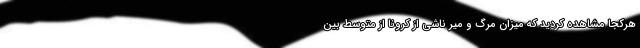
هرکجا مشاهده کردید که میزان مرگ و میر ناشی از کرونا از متوسط بین‌